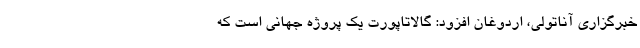
خبرگزاری آناتولی، اردوغان افزود: گالاتاپورت یک پروژه جهانی است که